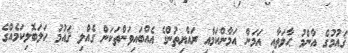
ޤައުމުގެ އާންމު ޙާލަތާއި އަމަން އަމާންކަމާއި ރައްޔިތުންގެ އެއްބައިވަންތަކަން ގެއްލި ޤައުމު ހަލަބޮލިކަމެއްގެ